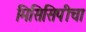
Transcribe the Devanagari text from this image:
मिसिसिपीचा